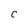
Character: C